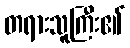
တရားသူကြီး၏